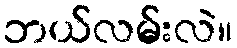
ဘယ်လမ်းလဲ။